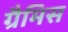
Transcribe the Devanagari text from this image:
ग्रैमिस